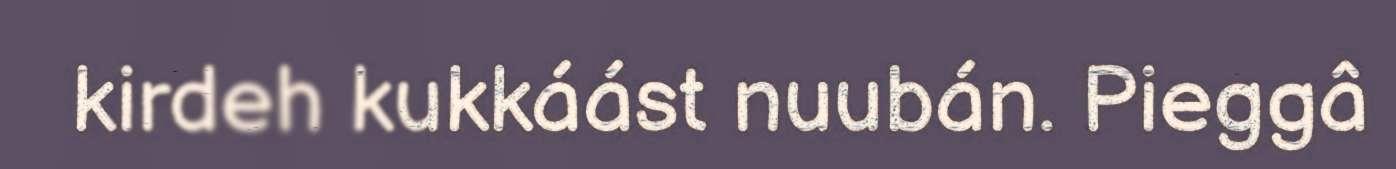
kirdeh kukkáást nuubán. Pieggâ